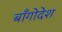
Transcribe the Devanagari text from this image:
बाँगोदेश